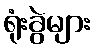
ရုံးခွဲများ